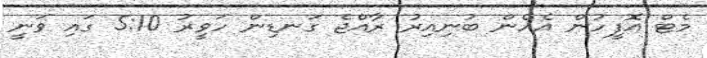
މެޓް އޮފީހުން އެހެން ބުނިއިރު ރާއްޖެ ގަނޑިން ހަވީރު 5:10 ގައި ވަނީ